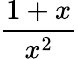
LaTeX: \frac{1+x}{x^{2}}